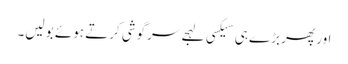
اور پھر بڑے ہی سیکسی لہجے سرگوشی کرتے ہوئے بولیں۔